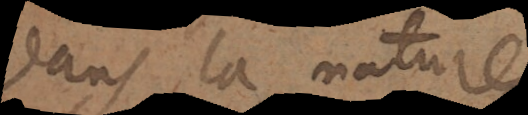
dans la nature